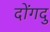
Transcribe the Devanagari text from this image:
दोंगदु